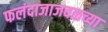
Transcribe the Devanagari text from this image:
फलंदाजाजवळच्या